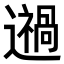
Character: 𨘌